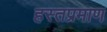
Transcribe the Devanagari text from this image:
हस्तप्रमाण